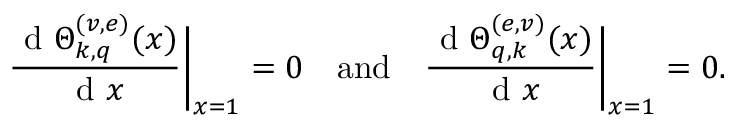
{ \frac { \mathrm { ~ d ~ } \Theta _ { k , q } ^ { ( v , e ) } ( x ) } { \mathrm { ~ d ~ } x } } \bigg | _ { x = 1 } = 0 \quad \mathrm { a n d } \quad { \frac { \mathrm { ~ d ~ } \Theta _ { q , k } ^ { ( e , v ) } ( x ) } { \mathrm { ~ d ~ } x } } \bigg | _ { x = 1 } = 0 .